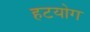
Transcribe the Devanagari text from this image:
हटयोग